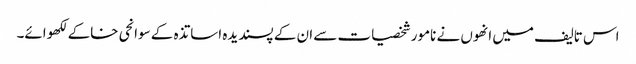
اس تالیف میں انھوں نے نامور شخصیات سے ان کے پسندیدہ اساتذہ کے سوانحی خاکے لکھوائے۔